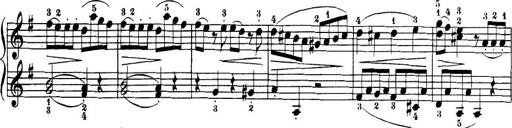
Title: 32 Sonatinas and Rondos for the Piano
Composer: Richard Kleinmichel